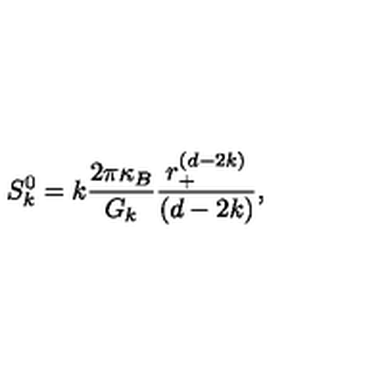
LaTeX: S _ { k } ^ { 0 } = k \frac { 2 \pi \kappa _ { B } } { G _ { k } } \frac { r _ { + } ^ { ( d - 2 k ) } } { ( d - 2 k ) } ,